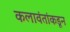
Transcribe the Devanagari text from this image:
कलावंतांकडून